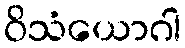
ဝိသံယောဂါ